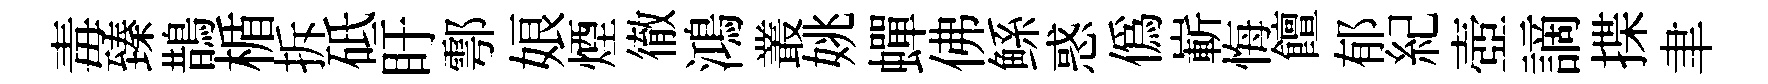
毒臻鵲楯拆砥盱鄠娘煙徹鴻叢姚蟬佛鲧惑僞嶄悔饘郁紀壺謫揲聿